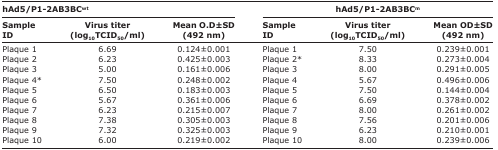
| <COLSPAN=3> hAd5/P1-2AB3BCwt | <COLSPAN=3> hAd5/P1-2AB3BCm |
 | Sample ID | Virus titer (log10TCID50/ml) | Mean O.D±SD (492 nm) | Sample ID | Virus titer (log10TCID50/ml) | Mean OD±SD (492 nm) |
 | --- | --- | --- | --- | --- | --- |
 | Plaque 1 | 6.69 | 0.124±0.001 | Plaque 1 | 7.50 | 0.239±0.001 |
 | Plaque 2 | 6.23 | 0.425±0.003 | Plaque 2* | 8.33 | 0.273±0.004 |
 | Plaque 3 | 5.00 | 0.161±0.006 | Plaque 3 | 8.00 | 0.291±0.005 |
 | Plaque 4* | 7.50 | 0.248±0.002 | Plaque 4 | 5.67 | 0.496±0.006 |
 | Plaque 5 | 6.50 | 0.183±0.003 | Plaque 5 | 7.50 | 0.144±0.004 |
 | Plaque 6 | 5.67 | 0.361±0.006 | Plaque 6 | 6.69 | 0.378±0.002 |
 | Plaque 7 | 6.23 | 0.215±0.007 | Plaque 7 | 8.00 | 0.261±0.002 |
 | Plaque 8 | 7.38 | 0.305±0.003 | Plaque 8 | 7.56 | 0.201±0.006 |
 | Plaque 9 | 7.32 | 0.325±0.003 | Plaque 9 | 6.23 | 0.210±0.001 |
 | Plaque 10 | 6.00 | 0.219±0.002 | Plaque 10 | 8.00 | 0.239±0.006 |